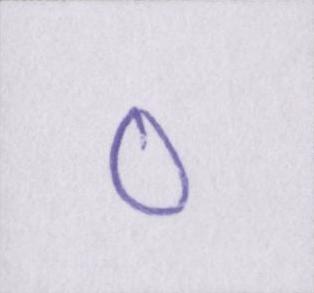
०